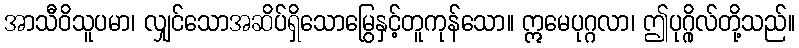
အာသီဝိသူပမာ၊ လျှင်သောအဆိပ်ရှိသောမြွေနှင့်တူကုန်သော။ ဣမေပုဂ္ဂလာ၊ ဤပုဂ္ဂိုလ်တို့သည်။